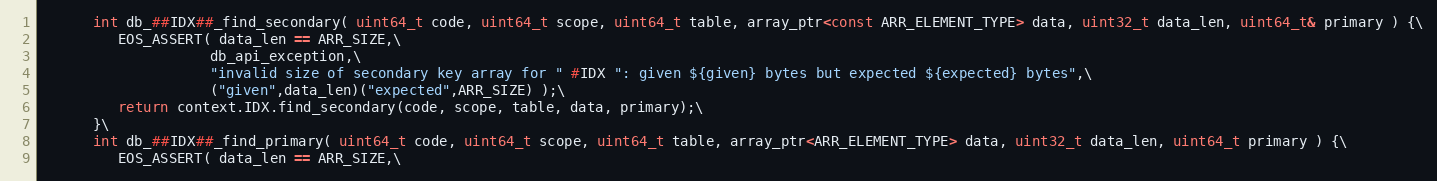
Language: C++
      int db_##IDX##_find_secondary( uint64_t code, uint64_t scope, uint64_t table, array_ptr<const ARR_ELEMENT_TYPE> data, uint32_t data_len, uint64_t& primary ) {\
         EOS_ASSERT( data_len == ARR_SIZE,\
                    db_api_exception,\
                    "invalid size of secondary key array for " #IDX ": given ${given} bytes but expected ${expected} bytes",\
                    ("given",data_len)("expected",ARR_SIZE) );\
         return context.IDX.find_secondary(code, scope, table, data, primary);\
      }\
      int db_##IDX##_find_primary( uint64_t code, uint64_t scope, uint64_t table, array_ptr<ARR_ELEMENT_TYPE> data, uint32_t data_len, uint64_t primary ) {\
         EOS_ASSERT( data_len == ARR_SIZE,\